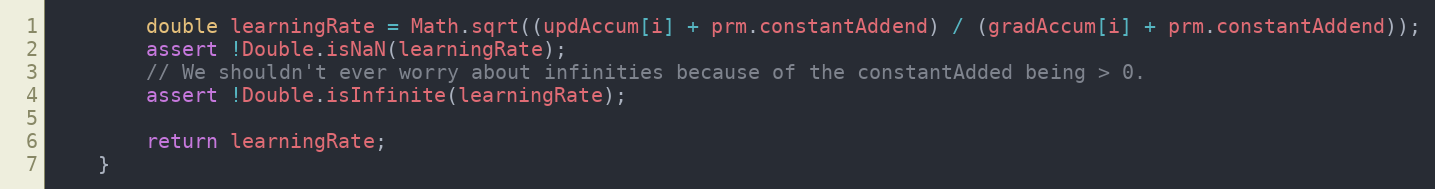
Language: Java
        double learningRate = Math.sqrt((updAccum[i] + prm.constantAddend) / (gradAccum[i] + prm.constantAddend));
        assert !Double.isNaN(learningRate);
        // We shouldn't ever worry about infinities because of the constantAdded being > 0.
        assert !Double.isInfinite(learningRate);

        return learningRate;
    }